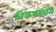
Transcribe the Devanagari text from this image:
निकफारोस